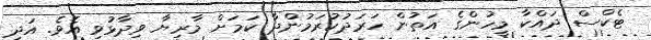
ޓެކްސް ދައްކާ މީހުންގެ އަތުން ހަރަދުކުރަމުންދާ ކަމަށް މާރިޔާ ވިދާޅުވި އެވެ. އަދި